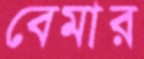
বেমার